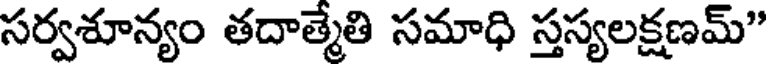
సర్వశూన్యం తదాత్మేతి సమాధి స్తస్యలక్షణమ్"